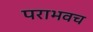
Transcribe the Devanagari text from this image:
पराभवच